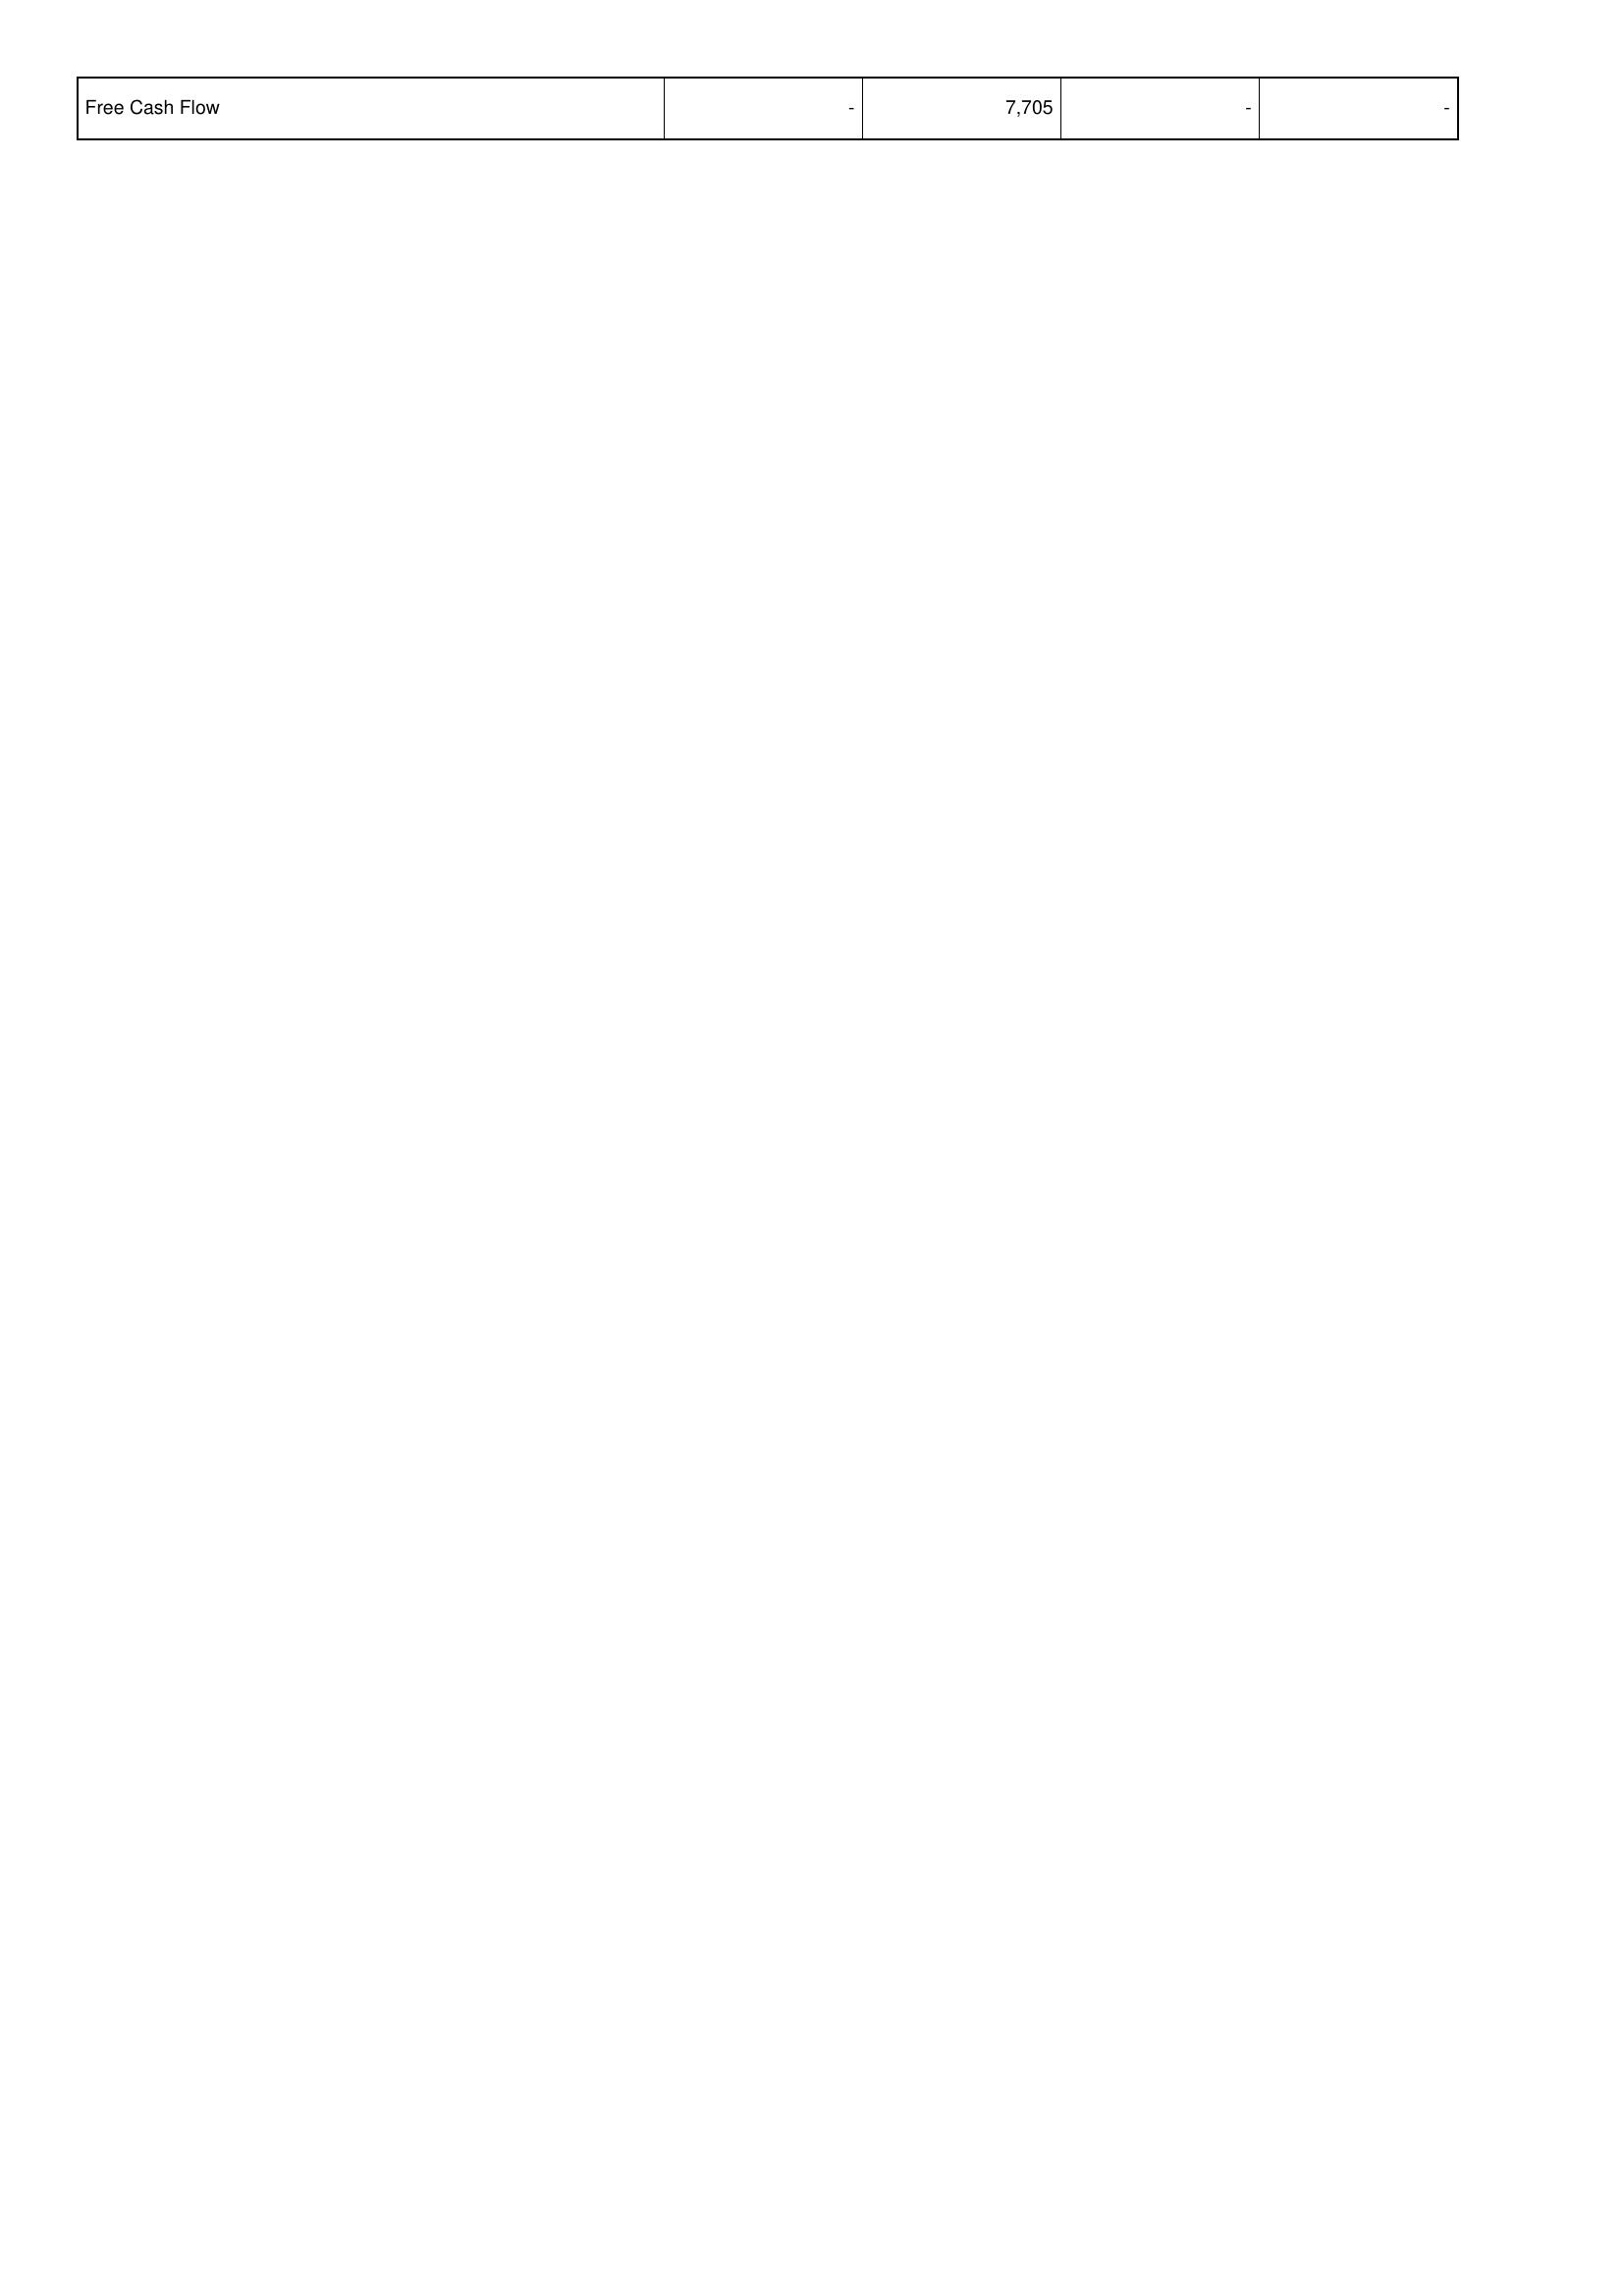
2017: Financing Activities: Free Cash Flow: -
2016: Financing Activities: Free Cash Flow: 7,705
2015: Financing Activities: Free Cash Flow: -
2014: Financing Activities: Free Cash Flow: -